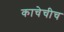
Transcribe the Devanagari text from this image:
काचेचीच